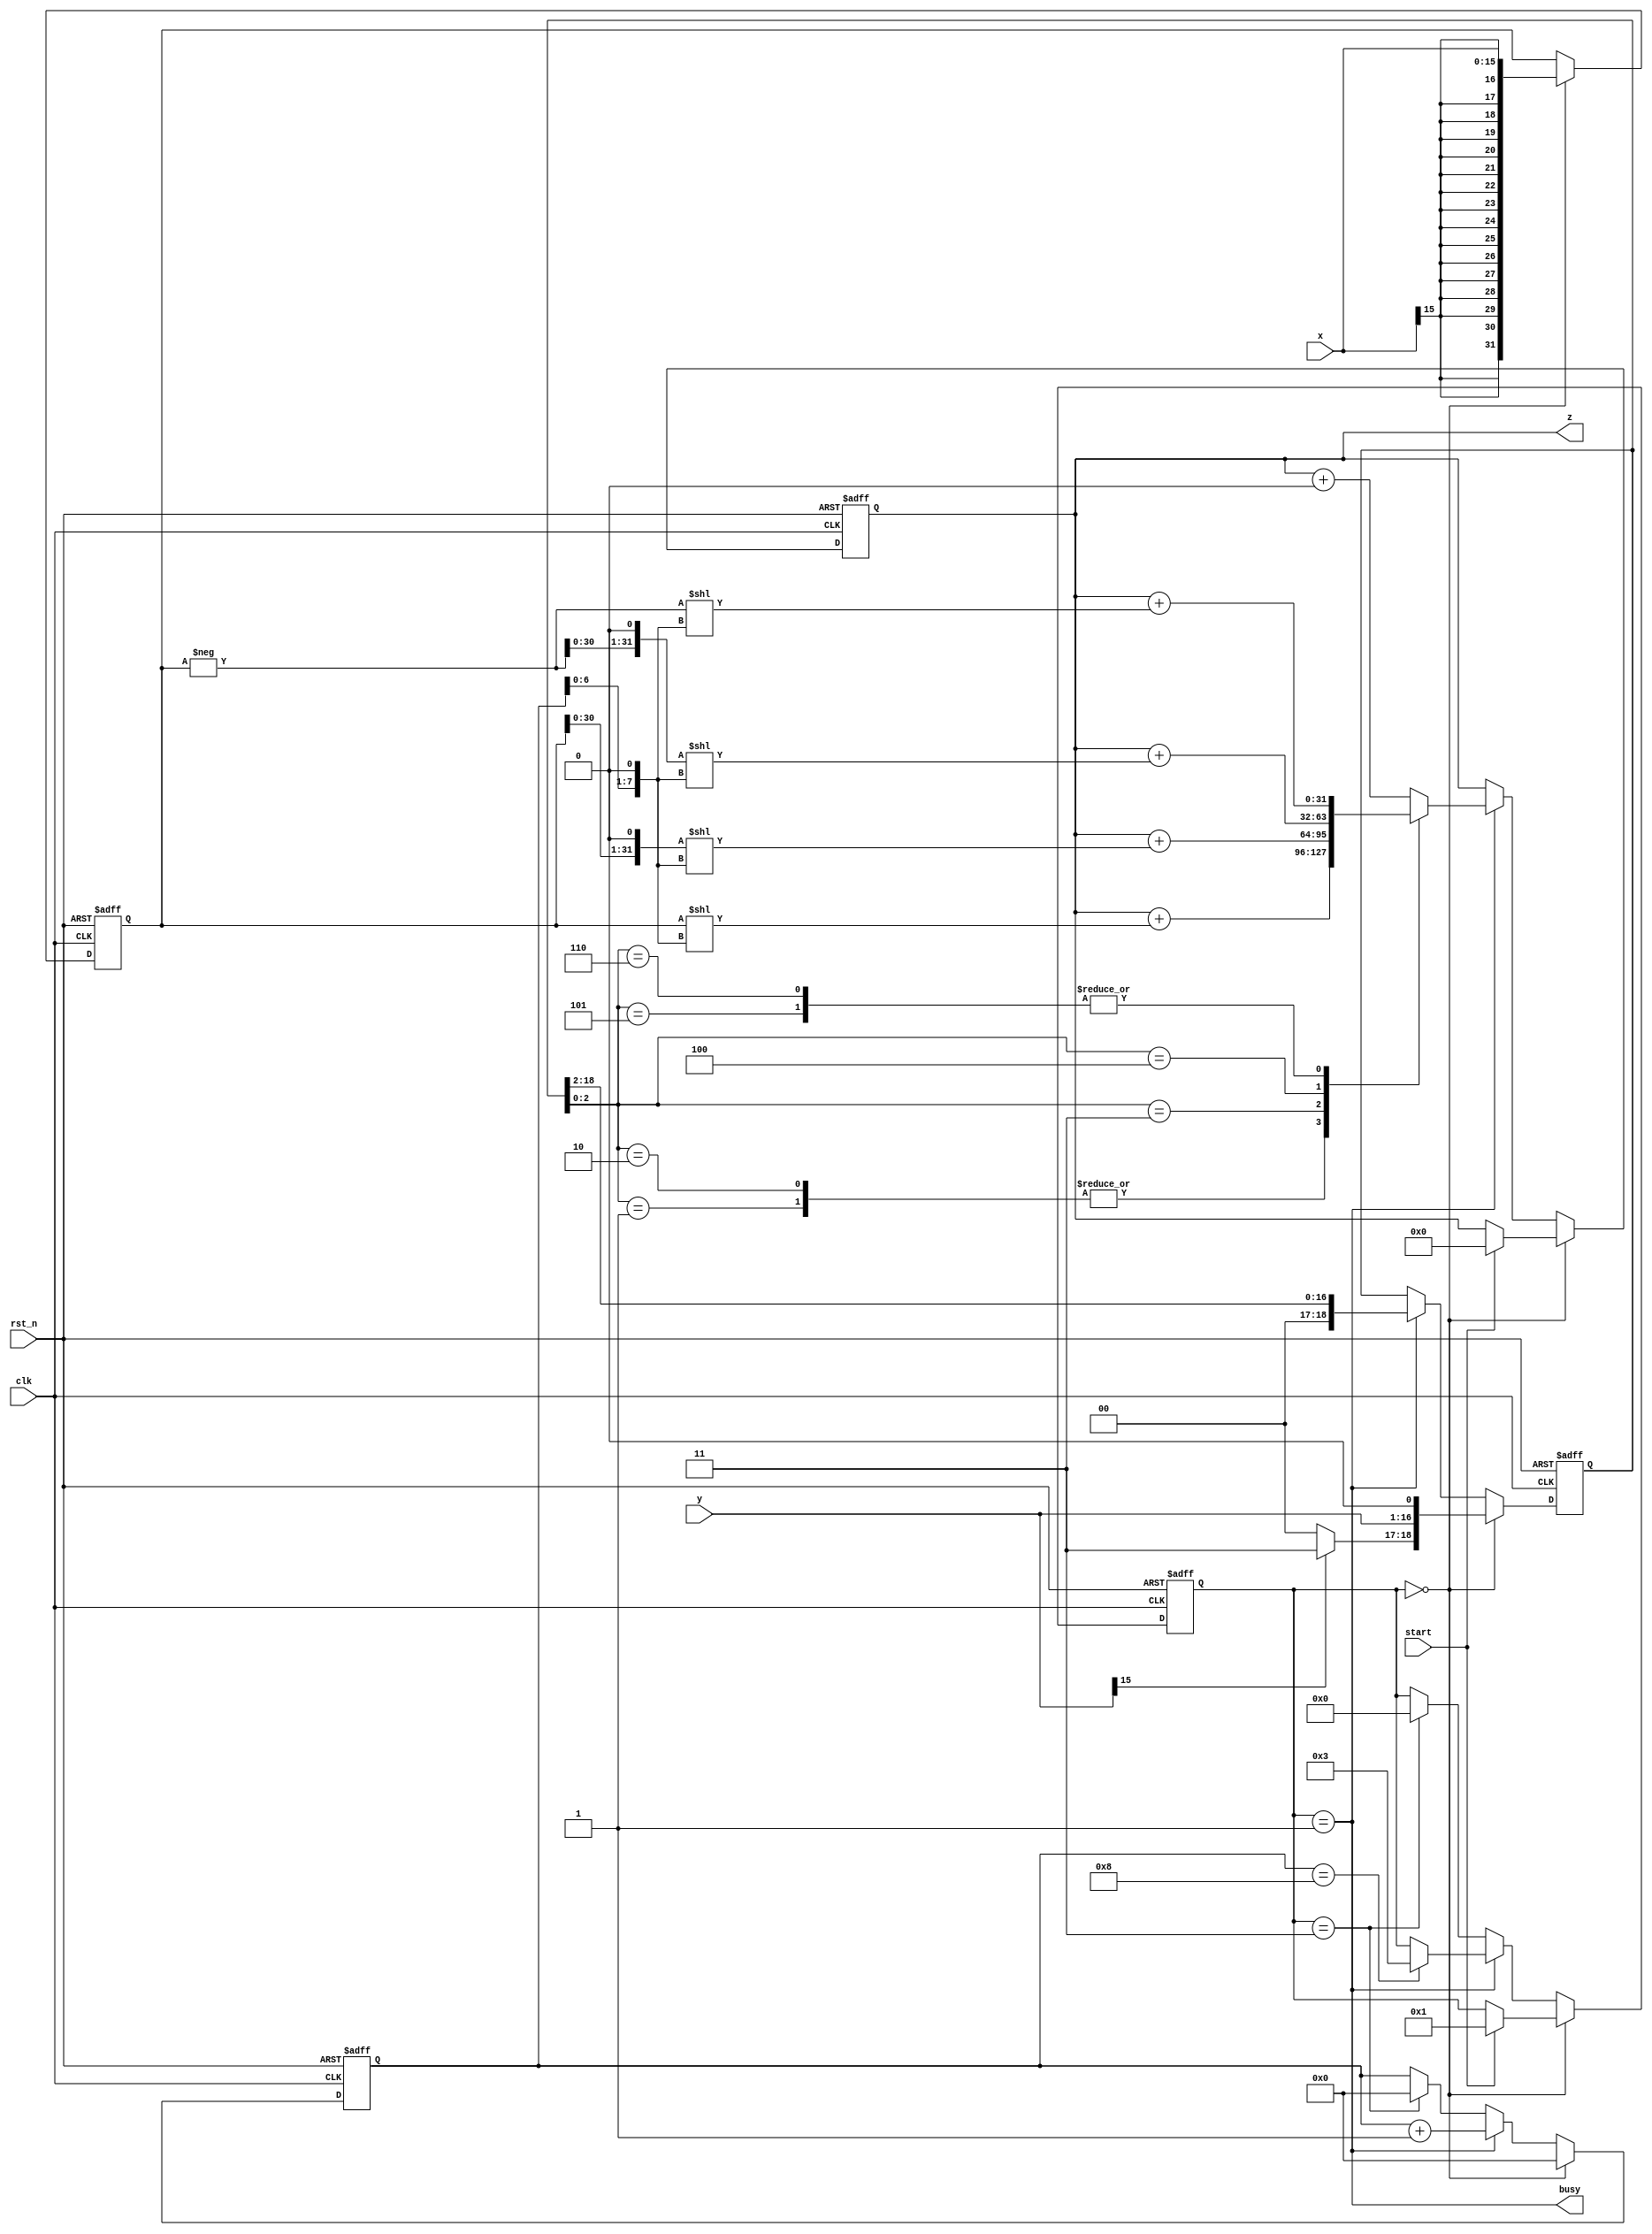
module booth2 #(
        parameter WIDTH = 16)
    (
        input wire clk,
        input wire rst_n,
        input wire signed [(WIDTH-1):0] x,
        input wire [(WIDTH-1):0] y,
        input wire start,
        output wire [(WIDTH*2-1):0] z,
        output wire busy
    );
    parameter IDLE = 4'b0;
    parameter RUNNING = 4'b1;
    parameter OUTPUT = 4'b11;
    reg [(WIDTH*2-1):0] z_reg;
    reg signed [(WIDTH*2-1):0] x_reg;
    reg [WIDTH+2:0] y_reg;
    reg [3:0] state;
    reg [7:0] cnt;

	assign busy = state == RUNNING;
	assign z = z_reg;

	wire [2:0] y_last;
	assign y_last = y_reg[2-:3];

	wire [(WIDTH*2-1):0] x_minus;
	assign x_minus = -x_reg;

    wire [(WIDTH*2-1):0] x_2;
    assign x_2 = x_reg << 1'b1;

    wire [(WIDTH*2-1):0] x_2_minus;
    assign x_2_minus = x_minus << 1'b1;

    always @(posedge clk or negedge rst_n) begin
        if (~rst_n) begin
            z_reg <= {(WIDTH*2){1'b0}};
            x_reg <= {(WIDTH*2){1'b0}};
            y_reg <= {(WIDTH+3){1'b0}};
            state <= IDLE;
            cnt <= 8'b0;
        end
        else begin
            if (state == IDLE) begin
                x_reg <= x;
				y_reg <= {((y >> (WIDTH-1)) ? 2'b11 : 2'b00), y, 1'b0};
            	cnt <= 8'b0;
				if (start) begin
					state <= RUNNING;
					z_reg <= {(WIDTH*2){1'b0}};
				end
            end
			else if (state == RUNNING) begin
				cnt <= cnt + 8'b1;
				y_reg <= y_reg >> 2'd2;
				case (y_last)
					3'b001: 		z_reg <= z_reg + (x_reg << (cnt << 8'b1));
					3'b010: 		z_reg <= z_reg + (x_reg << (cnt << 8'b1));
					3'b011: 		z_reg <= z_reg + (x_2 << (cnt << 8'b1));
					3'b100: 		z_reg <= z_reg + (x_2_minus << (cnt << 8'b1));
					3'b101: 		z_reg <= z_reg + (x_minus << (cnt << 8'b1));
					3'b110: 		z_reg <= z_reg + (x_minus << (cnt << 8'b1));
					default:     	z_reg <= z_reg + 1'b0;
				endcase
				if (cnt == (WIDTH >> 1)) begin
					state <= OUTPUT;
				end
			end
			else if (state == OUTPUT) begin
				cnt <= 8'b0;
				state <= IDLE;
			end
        end
    end
endmodule